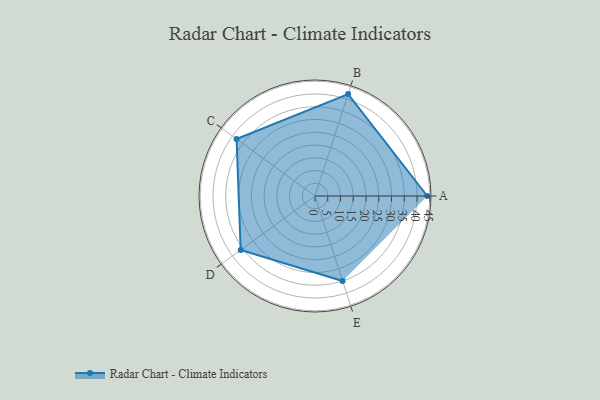
{"axis": {"x": "Skill", "y": "Score"}, "legend": ["Profile"], "data": [{"x": "A", "y": 44.0, "type": "Profile"}, {"x": "B", "y": 42.0, "type": "Profile"}, {"x": "C", "y": 38.0, "type": "Profile"}, {"x": "D", "y": 36.0, "type": "Profile"}, {"x": "E", "y": 35.0, "type": "Profile"}]}